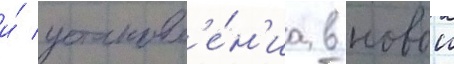
и́ установл'е́н'иа в новои